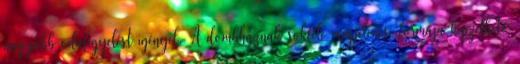
nagyobb odafigyelést igényel. A dombháznak sokféle megjelenési formája képzelhető